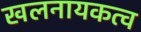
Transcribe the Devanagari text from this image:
खलनायकत्व